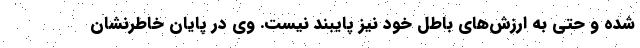
شده و حتی به ارزش‌های باطل خود نیز پایبند نیست. وی در پایان خاطرنشان